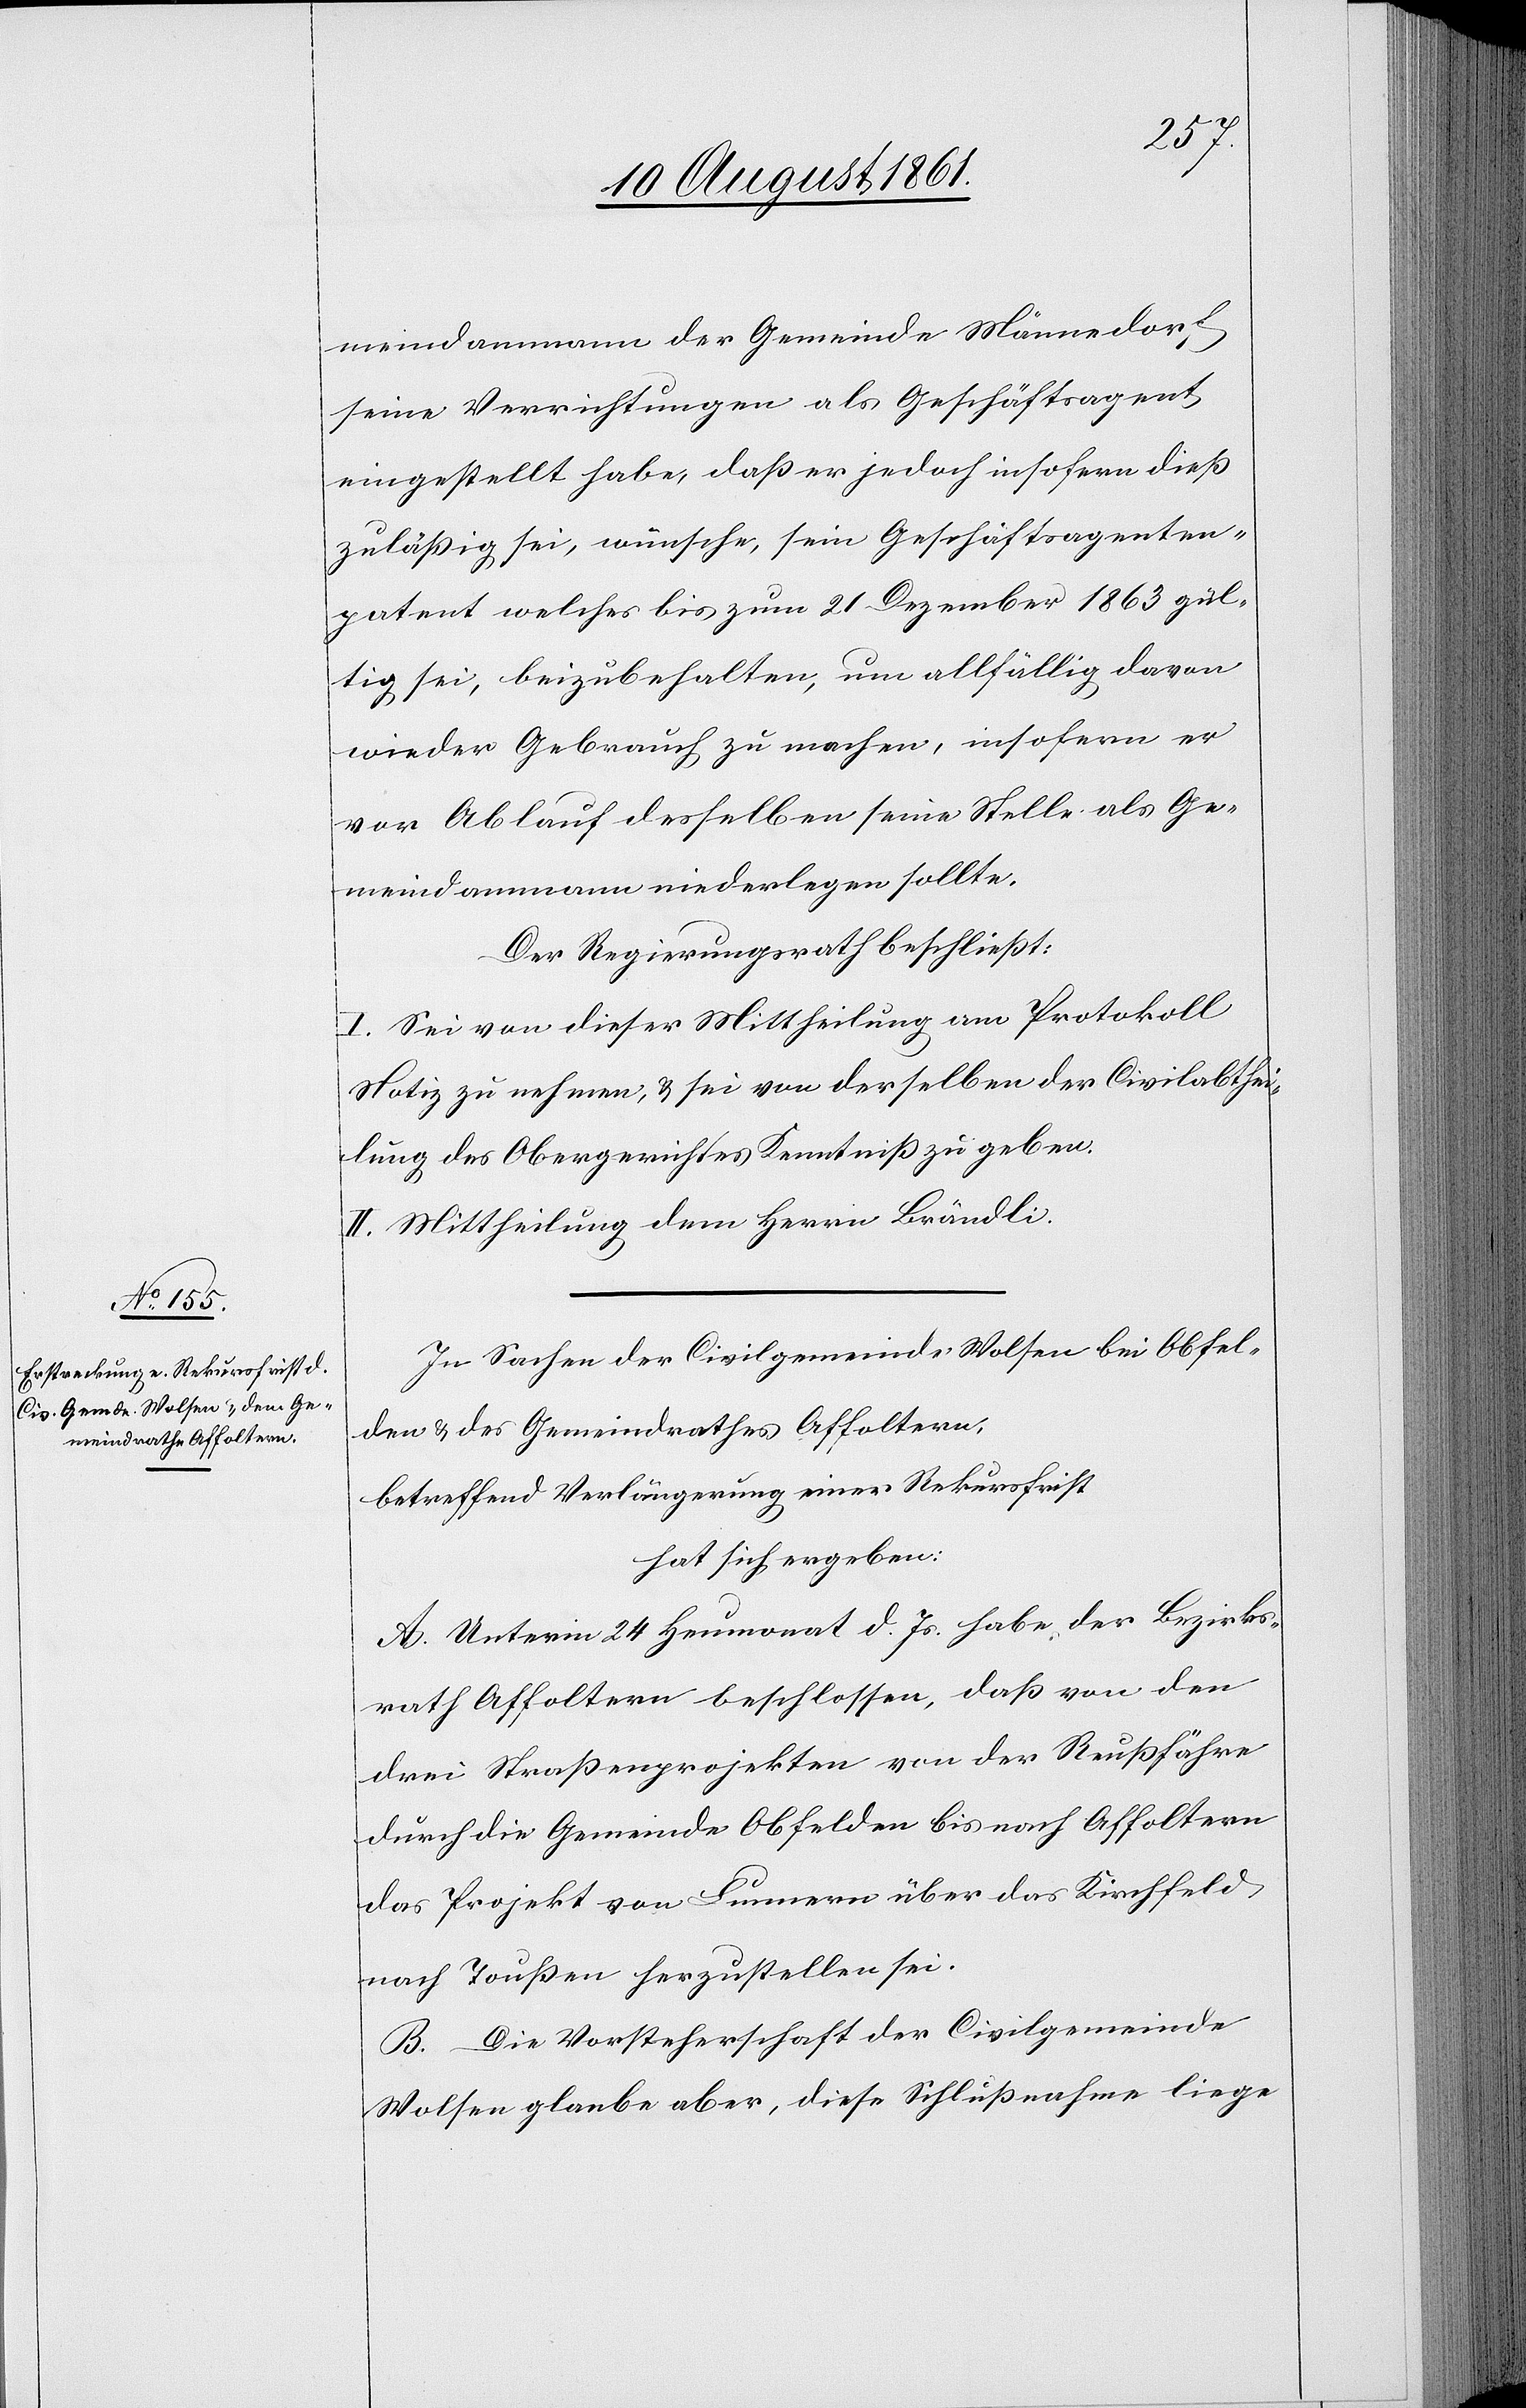
meindammann der Gemeinde Männedorf
seine Verrichtungen als Geschäftsagent
eingestellt habe, daß er jedoch insofern dieß
zuläßig sei, wünsche, sein Geschäftsagenten¬
patent welches bis zum 21 Dezember 1863 gül¬
tig sei, beizubehalten, um allfällig davon
wieder Gebrauch zu machen, insofern er
vor Ablauf desselben seine Stelle als Ge¬
meindammann niederlegen sollte.
Der Regierungsrath beschließt:
I. Sei von dieser Mittheilung am Protokoll
Notiz zu nehmen, u. sei von derselben der Civilabthei¬
lung des Obergerichtes Kenntniß zu geben.
II. Mittheilung dem Herrn Brändli.
In Sachen der Civilgemeinde Wolsen bei Obfel¬
den u. des Gemeindrathes Affoltern,
betreffend Verlängerung einer Rekursfrist
hat sich ergeben:
A. Unterm 24 Heumonat d. Js. habe der Bezirks¬
rath Affoltern beschlossen, daß von den
drei Straßenprojekten von der Reußfähre
durch die Gemeinde Obfelden bis nach Affoltern
das Projekt von Lunnern über das Kirchfeld
nach Toußen herzustellen sei.
B. Die Vorsteherschaft der Civilgemeinde
Wolsen glaube aber, diese Schlußnahme liege